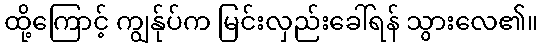
ထို့ကြောင့် ကျွန်ုပ်က မြင်းလှည်းခေါ်ရန် သွားလေ၏။